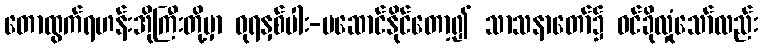
တောထွက်ရဟန်းအိုကြီးတို့မှာ ဓုရနှစ်ပါး-မဆောင်နိုင်တော့၍ သာသနာတော်၌ ဝင်ခိုလှုံသော်လည်း